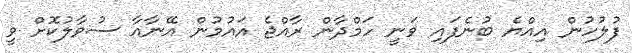
ފުލުހުން އިއްޔެ ބުނެފައި ވަނީ ހަމްދާން ރާއްޖެ އައުމުން އޭނާއާ ސުވާލުކޮށް ވީ